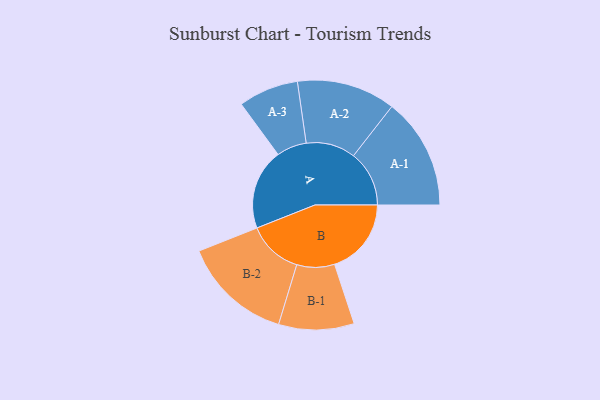
{"axis": {"x": "Segment", "y": "Value"}, "legend": ["", "A", "B"], "data": [{"x": "A", "y": 368, "type": ""}, {"x": "B", "y": 350, "type": ""}, {"x": "A-1", "y": 254, "type": "A"}, {"x": "A-2", "y": 225, "type": "A"}, {"x": "A-3", "y": 137, "type": "A"}, {"x": "B-1", "y": 172, "type": "B"}, {"x": "B-2", "y": 251, "type": "B"}]}